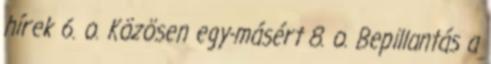
hírek 6. o. Közösen egy-másért 8. o. Bepillantás a